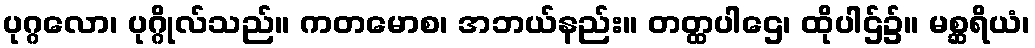
ပုဂ္ဂလော၊ ပုဂ္ဂိုလ်သည်။ ကတမောစ၊ အဘယ်နည်း။ တတ္ထပါဌေ၊ ထိုပါဌ်၌။ မစ္ဆရိယံ၊